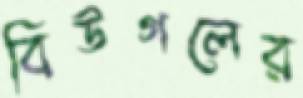
বিউগলের